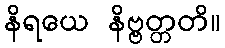
နိရယေ နိဗ္ဗတ္တတိ။